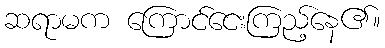
ဆရာမက ကြောင်ငေးကြည့်နေ၏။